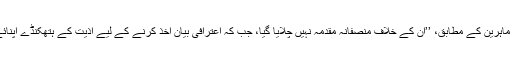
حالانکہ، ماہرین کے مطابق، ’’اُن کے خلاف منصفانہ مقدمہ نہیں چلایا گیا، جب کہ اعترافی بیان اخذ کرنے کے لیے اذیت کے ہتھکنڈے اپنائے گئے‘‘۔